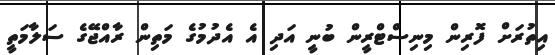
އިތުރަށް ފޮރިން މިނިސްޓްރީން ބުނީ އަދި އެ އެދުމުގެ މަތިން ރާއްޖޭގެ ސަލާމަތީ